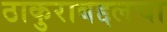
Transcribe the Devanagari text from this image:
ठाकुराबद्दलचा